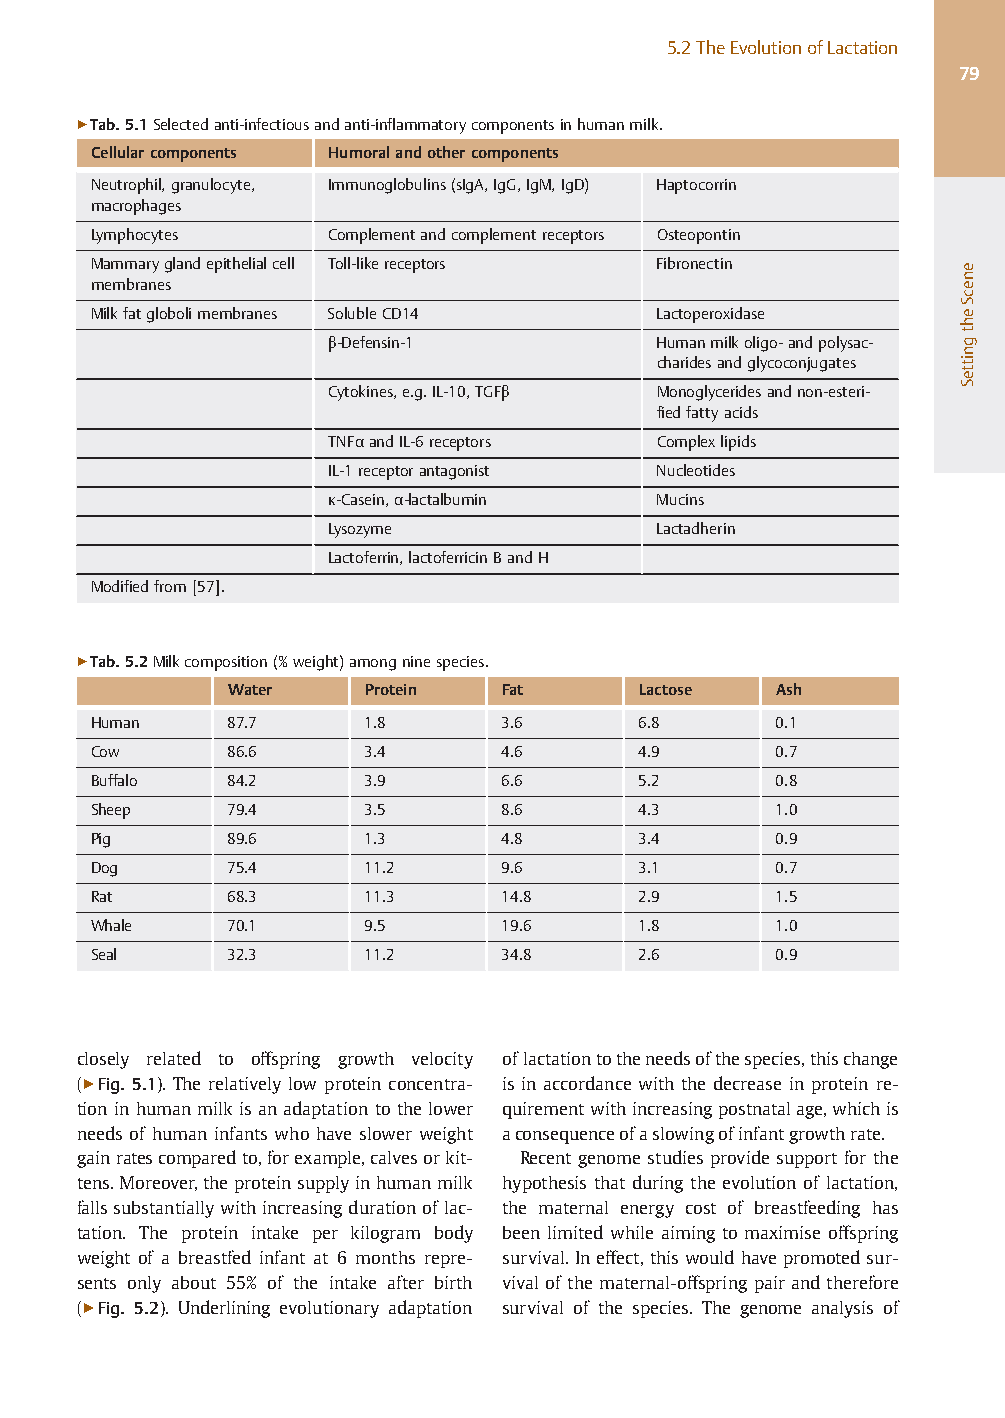
5.2TheEvolutionofLactation
 79
 ▶Tab.5.1Selectedanti-infectiousandanti-inflammatorycomponentsinhumanmilk.
 Cellularcomponents Humoralandothercomponents
 Neutrophil,granulocyte, Immunoglobulins(sIgA,IgG,IgM,IgD) Haptocorrin
 macrophages
 Lymphocytes     Complementandcomplementreceptors Osteopontin
 Mammaryglandepithelialcell Toll-likereceptors Fibronectin
 membranes
 Milkfatglobolimembranes SolubleCD14   Lactoperoxidase
 β-Defensin-1          Humanmilkoligo-andpolysac-
 charidesandglycoconjugates
 Cytokines,e.g.IL-10,TGFβ Monoglyceridesandnon-esteri-
 fiedfattyacids
 TNFαandIL-6receptors  Complexlipids
 IL-1receptorantagonist Nucleotides
 κ-Casein,α-lactalbumin Mucins
 Lysozyme              Lactadherin
 Lactoferrin,lactoferricinBandH
 Modifiedfrom[57].
 ▶Tab.5.2Milkcomposition(%weight)amongninespecies.
 Water    Protein  Fat      Lactose  Ash
 Human     87.7     1.8      3.6      6.8      0.1
 Cow       86.6     3.4      4.6      4.9      0.7
 Buffalo   84.2     3.9      6.6      5.2      0.8
 Sheep     79.4     3.5      8.6      4.3      1.0
 Pig       89.6     1.3      4.8      3.4      0.9
 Dog       75.4     11.2     9.6      3.1      0.7
 Rat       68.3     11.3     14.8     2.9      1.5
 Whale     70.1     9.5      19.6     1.8      1.0
 Seal      32.3     11.2     34.8     2.6      0.9
 closely related to offspring growth velocity oflactationtotheneedsofthespecies,thischange
 (▶Fig. 5.1). The relatively low protein concentra- is in accordance with the decrease in protein re-
 tionin humanmilk isan adaptationtothelower quirementwithincreasingpostnatalage,whichis
 needs of human infants who have slower weight aconsequenceofaslowingofinfantgrowthrate.
 gainratescomparedto,forexample,calvesorkit- Recent genome studiesprovide support for the
 tens.Moreover,theproteinsupplyinhumanmilk hypothesis thatduring the evolution of lactation,
 fallssubstantiallywithincreasingdurationof lac- the maternal energy cost of breastfeeding has
 tation. The protein intake per kilogram body been limited while aiming to maximise offspring
 weight of a breastfed infant at 6 months repre- survival.Ineffect,thiswouldhavepromotedsur-
 sents only about 55% of the intake after birth vivalof thematernal-offspring pairandtherefore
 (▶Fig. 5.2). Underlining evolutionary adaptation survival of the species. The genome analysis of
 enecSehtgnitteS